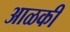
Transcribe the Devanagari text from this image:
आळकी